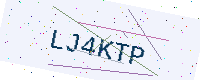
Text: LJ4KTP